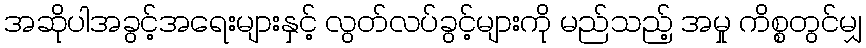
အဆိုပါအခွင့်အရေးများနှင့် လွတ်လပ်ခွင့်များကို မည်သည့် အမှု ကိစ္စတွင်မျှ